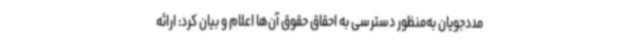
مددجویان به‌منظور دسترسی به احقاق حقوق آن‌ها اعلام و بیان کرد: ارائه